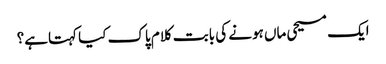
ایک مسیحی ماں ہونے کی بابت کلام پاک کیا کہتاہے؟